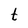
Character: t